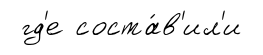
гд'е соста́в'ил'и